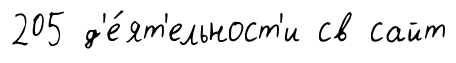
205 д'е́ят'ельност'и св сайт